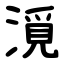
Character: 漞